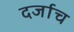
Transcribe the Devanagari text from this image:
दर्जाच